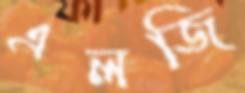
এলজি